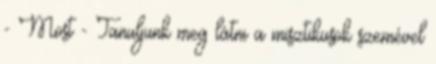
- Most - Tanuljunk meg látni a misztikusok szemével